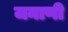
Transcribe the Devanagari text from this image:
जनाणी